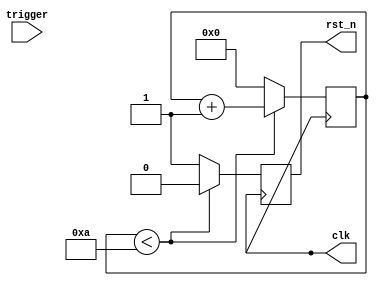
//
// Copyright 1991-2016 Mentor Graphics Corporation
//
// All Rights Reserved.
//
// THIS WORK CONTAINS TRADE SECRET AND PROPRIETARY INFORMATION WHICH IS THE PROPERTY OF 
// MENTOR GRAPHICS CORPORATION OR ITS LICENSORS AND IS SUBJECT TO LICENSE TERMS.
//   

module clock(trigger, clk, rst_n);
   input	  trigger;
   output	  clk;
   output	  rst_n;
   
   reg		  clk;
   reg		  rst_n;
   reg [5:0] rcount;
   reg		  reset_init;
   
   initial 
    begin
       #25 clk = 1;
       #25 rst_n = 0;
       rcount = 0;
       reset_init = 0;
    end
   
   // Set Clock for 50ns cycles
   always
    begin
        #25 clk = ~clk;
    end
   
   // Reset stays low for 10 clock cycles
   always @(posedge clk) 
    begin
        if (reset_init == 0) 
         begin
             if (rcount < 10) 
              begin
                  rst_n = 0;
                  rcount = rcount + 1;
                  end
             else
              begin
                  rst_n = 1;
                  reset_init = 1;
                  rcount = 0;
                  end
             end
        end

   // Set the trigger
   always @(posedge trigger)
    begin
        reset_init = 0;
    end

endmodule